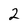
Character: 2